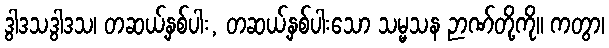
ဒွါဒသဒွါဒသ၊ တဆယ့်နှစ်ပါး, တဆယ့်နှစ်ပါးသော သမ္မသန ဉာဏ်တို့ကို။ ကတွာ၊